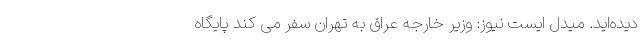
دیده‌اید. میدل ایست نیوز: وزیر خارجه عراق به تهران سفر می کند پایگاه